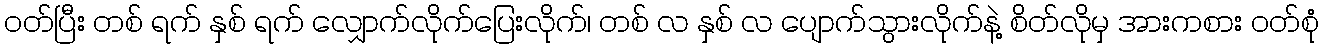
ဝတ်ပြီး တစ် ရက် နှစ် ရက် လျှောက်လိုက်ပြေးလိုက်၊ တစ် လ နှစ် လ ပျောက်သွားလိုက်နဲ့ စိတ်လိုမှ အားကစား ဝတ်စုံ